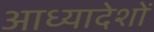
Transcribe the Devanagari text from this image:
आध्यादेशों